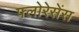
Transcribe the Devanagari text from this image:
फ्लोरेसेंस